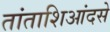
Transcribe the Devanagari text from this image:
तांताशिआंदसे